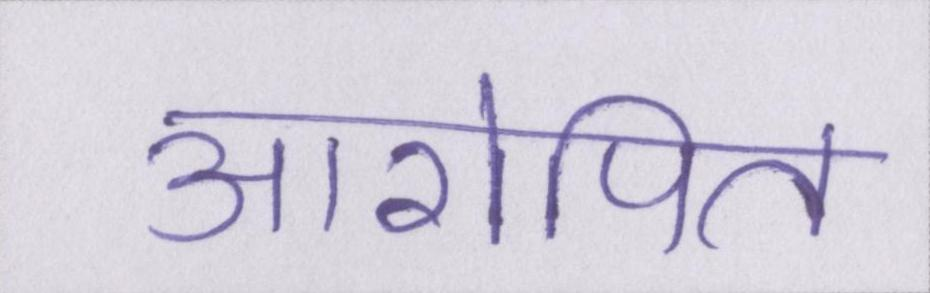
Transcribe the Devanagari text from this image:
आरोपित